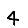
Digit: 4